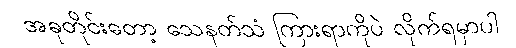
အခုတိုင်းတော့ သေနတ်သံ ကြားရာကိုပဲ လိုက်ရမှာပါ